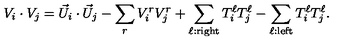
V _ { i } \cdot V _ { j } = { \vec { U } } _ { i } \cdot { \vec { U } } _ { j } - \sum _ { r } V _ { i } ^ { r } V _ { j } ^ { r } + \sum _ { \ell : { \mathrm { r i g h t } } } T _ { i } ^ { \ell } T _ { j } ^ { \ell } - \sum _ { \ell : { \mathrm { l e f t } } } T _ { i } ^ { \ell } T _ { j } ^ { \ell } .